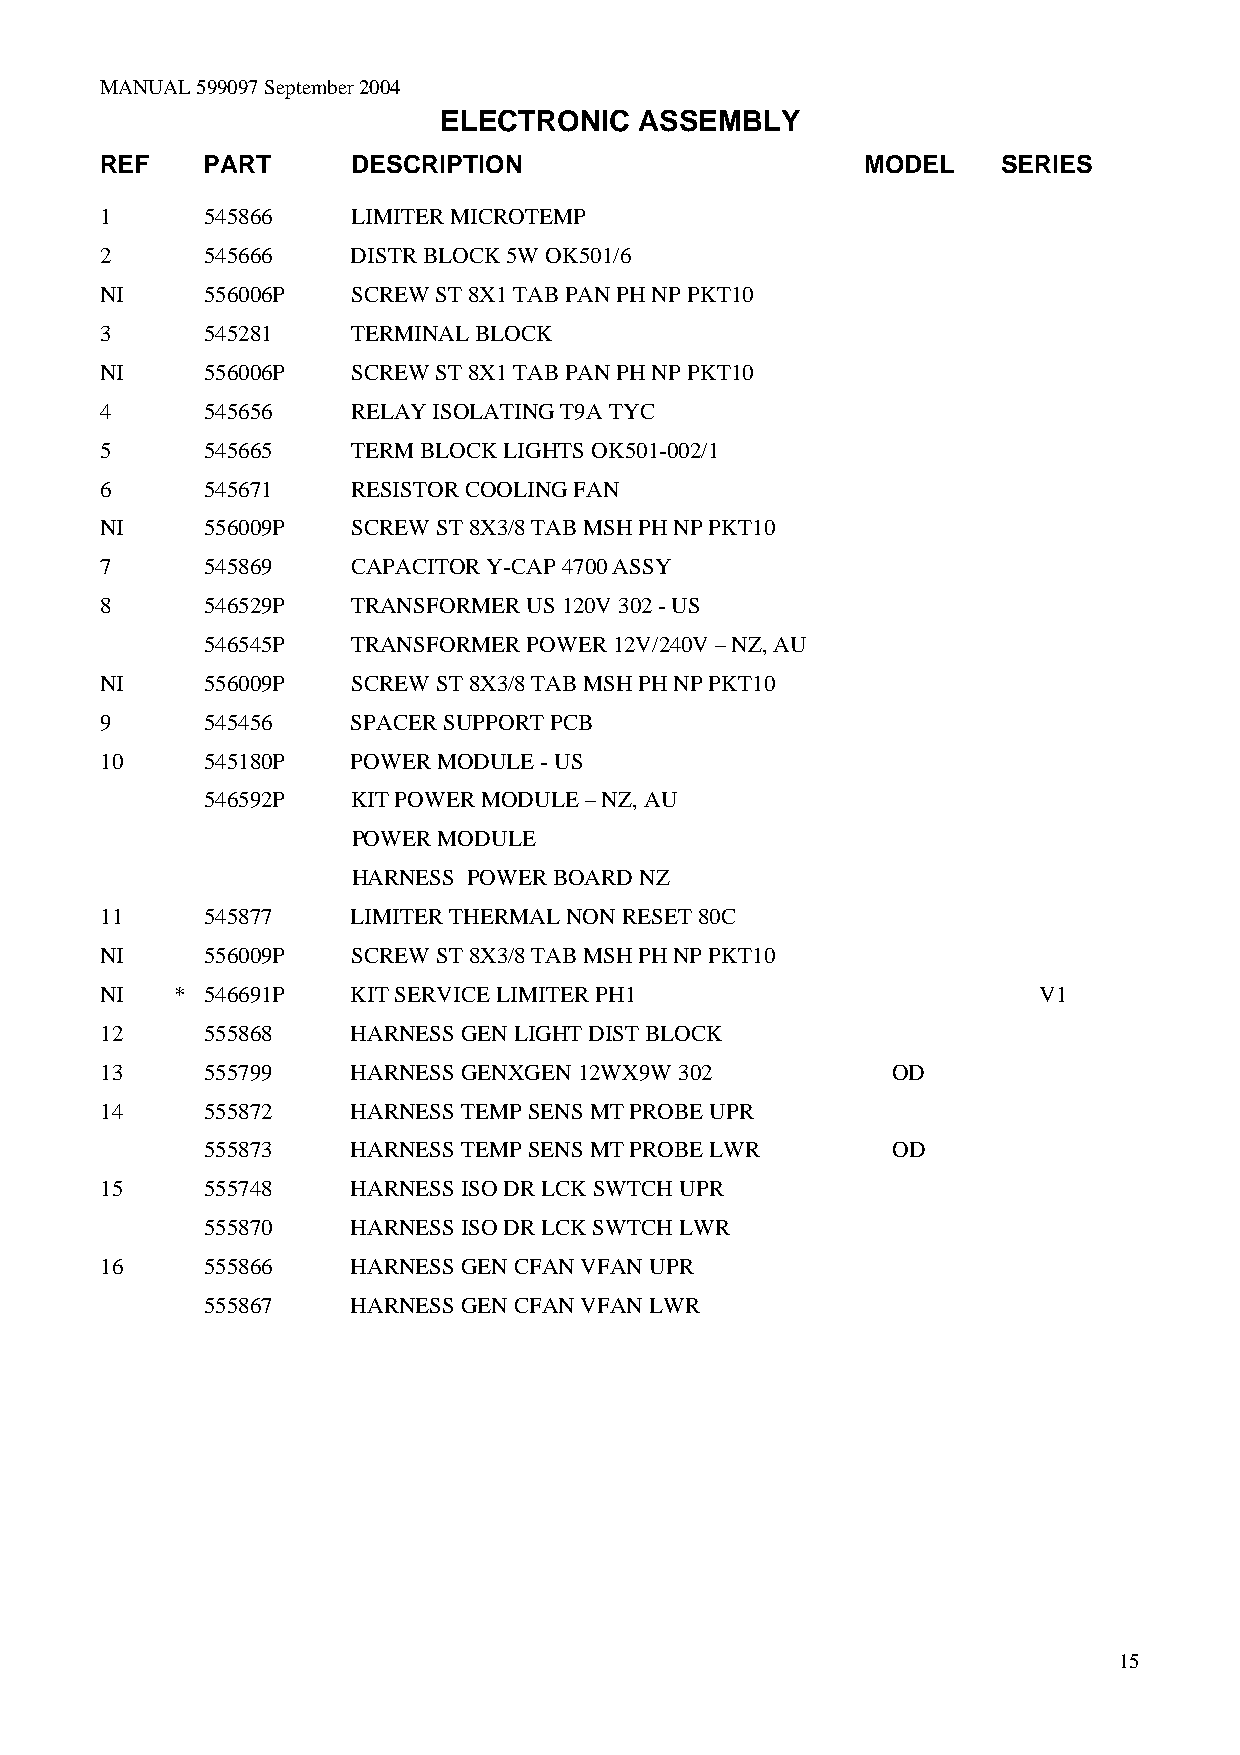
MANUAL 599097 September 2004
 ELECTRONIC   ASSEMBLY
 REF    PART     DESCRIPTION                       MODEL    SERIES
 1     545866    LIMITER MICROTEMP
 2     545666    DISTR BLOCK 5W OK501/6
 NI     556006P  SCREW ST 8X1 TAB PAN PH NP PKT10
 3     545281    TERMINAL BLOCK
 NI     556006P  SCREW ST 8X1 TAB PAN PH NP PKT10
 4     545656    RELAY ISOLATING T9A TYC
 5     545665    TERM BLOCK LIGHTS OK501-002/1
 6     545671    RESISTOR COOLING FAN
 NI     556009P  SCREW ST 8X3/8 TAB MSH PH NP PKT10
 7     545869    CAPACITOR Y-CAP 4700 ASSY
 8     546529P   TRANSFORMER US 120V 302 - US
 546545P   TRANSFORMER POWER 12V/240V – NZ, AU
 NI     556009P  SCREW ST 8X3/8 TAB MSH PH NP PKT10
 9     545456    SPACER SUPPORT PCB
 10    545180P   POWER MODULE - US
 546592P   KIT POWER MODULE – NZ, AU
 POWER MODULE
 HARNESS POWER BOARD NZ
 11    545877    LIMITER THERMAL NON RESET 80C
 NI     556009P  SCREW ST 8X3/8 TAB MSH PH NP PKT10
 NI   * 546691P  KIT SERVICE LIMITER PH1                       V1
 12    555868    HARNESS GEN LIGHT DIST BLOCK
 13    555799    HARNESS GENXGEN 12WX9W 302          OD
 14    555872    HARNESS TEMP SENS MT PROBE UPR
 555873    HARNESS TEMP SENS MT PROBE LWR      OD
 15    555748    HARNESS ISO DR LCK SWTCH UPR
 555870    HARNESS ISO DR LCK SWTCH LWR
 16    555866    HARNESS GEN CFAN VFAN UPR
 555867    HARNESS GEN CFAN VFAN LWR
 15